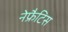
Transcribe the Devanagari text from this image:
नेफ्रैटिस